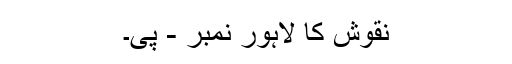
نقوش کا لاہور نمبر - پی۔